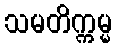
သမတိက္ကမ္မ